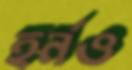
হর্নও